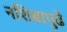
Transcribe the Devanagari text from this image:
नशिबापुढे